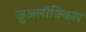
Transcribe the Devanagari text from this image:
ज़ुअलॉजिकल